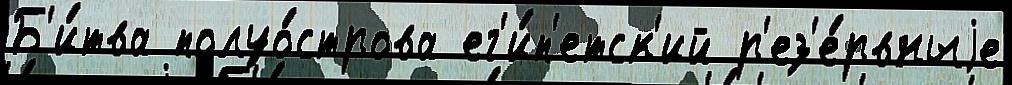
Б'и́тва полуо́строва ег'и́п'етск'ий р'ез'е́рвныjе